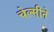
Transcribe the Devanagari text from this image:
चेल्सीने